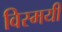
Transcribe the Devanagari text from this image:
विस्मयी